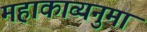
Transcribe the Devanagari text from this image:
महाकाव्यनुमा